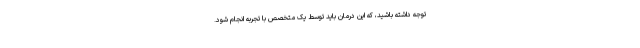
توجه داشته باشید، که این درمان باید توسط یک متخصص با تجربه انجام شود.